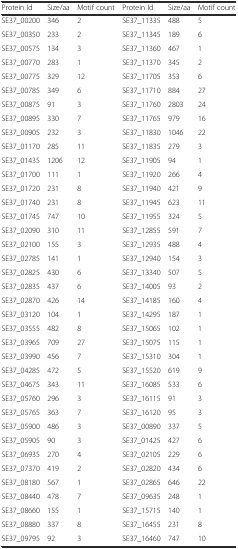
<table><thead><tr><td><b>Protein Id</b></td><td><b>Size/aa</b></td><td><b>Motif count</b></td><td><b>Protein Id</b></td><td><b>Size/aa</b></td><td><b>Motif count</b></td></tr></thead><tbody><tr><td>SE37_00200</td><td>346</td><td>2</td><td>SE37_11335</td><td>488</td><td>5</td></tr><tr><td>SE37_00350</td><td>233</td><td>2</td><td>SE37_11345</td><td>189</td><td>6</td></tr><tr><td>SE37_00575</td><td>134</td><td>3</td><td>SE37_11360</td><td>467</td><td>1</td></tr><tr><td>SE37_00770</td><td>283</td><td>1</td><td>SE37_11370</td><td>345</td><td>2</td></tr><tr><td>SE37_00775</td><td>329</td><td>12</td><td>SE37_11705</td><td>353</td><td>6</td></tr><tr><td>SE37_00785</td><td>349</td><td>6</td><td>SE37_11710</td><td>884</td><td>27</td></tr><tr><td>SE37_00875</td><td>91</td><td>3</td><td>SE37_11760</td><td>2803</td><td>24</td></tr><tr><td>SE37_00895</td><td>330</td><td>7</td><td>SE37_11765</td><td>979</td><td>16</td></tr><tr><td>SE37_00905</td><td>232</td><td>3</td><td>SE37_11830</td><td>1046</td><td>22</td></tr><tr><td>SE37_01170</td><td>285</td><td>11</td><td>SE37_11835</td><td>279</td><td>3</td></tr><tr><td>SE37_01435</td><td>1206</td><td>12</td><td>SE37_11905</td><td>94</td><td>1</td></tr><tr><td>SE37_01700</td><td>111</td><td>1</td><td>SE37_11920</td><td>266</td><td>4</td></tr><tr><td>SE37_01720</td><td>231</td><td>8</td><td>SE37_11940</td><td>421</td><td>9</td></tr><tr><td>SE37_01740</td><td>231</td><td>8</td><td>SE37_11945</td><td>623</td><td>11</td></tr><tr><td>SE37_01745</td><td>747</td><td>10</td><td>SE37_11955</td><td>324</td><td>5</td></tr><tr><td>SE37_02090</td><td>310</td><td>11</td><td>SE37_12855</td><td>591</td><td>7</td></tr><tr><td>SE37_02100</td><td>155</td><td>3</td><td>SE37_12935</td><td>488</td><td>4</td></tr><tr><td>SE37_02785</td><td>141</td><td>1</td><td>SE37_12940</td><td>154</td><td>3</td></tr><tr><td>SE37_02825</td><td>430</td><td>6</td><td>SE37_13340</td><td>507</td><td>5</td></tr><tr><td>SE37_02835</td><td>437</td><td>6</td><td>SE37_14005</td><td>93</td><td>2</td></tr><tr><td>SE37_02870</td><td>426</td><td>14</td><td>SE37_14185</td><td>160</td><td>4</td></tr><tr><td>SE37_03120</td><td>104</td><td>1</td><td>SE37_14295</td><td>187</td><td>1</td></tr><tr><td>SE37_03555</td><td>482</td><td>8</td><td>SE37_15065</td><td>102</td><td>1</td></tr><tr><td>SE37_03965</td><td>709</td><td>27</td><td>SE37_15075</td><td>115</td><td>1</td></tr><tr><td>SE37_03990</td><td>456</td><td>7</td><td>SE37_15310</td><td>304</td><td>1</td></tr><tr><td>SE37_04285</td><td>472</td><td>5</td><td>SE37_15520</td><td>619</td><td>9</td></tr><tr><td>SE37_04675</td><td>343</td><td>11</td><td>SE37_16085</td><td>533</td><td>6</td></tr><tr><td>SE37_05760</td><td>296</td><td>3</td><td>SE37_16115</td><td>91</td><td>3</td></tr><tr><td>SE37_05765</td><td>363</td><td>7</td><td>SE37_16120</td><td>95</td><td>3</td></tr><tr><td>SE37_05900</td><td>486</td><td>3</td><td>SE37_00890</td><td>337</td><td>5</td></tr><tr><td>SE37_05905</td><td>90</td><td>3</td><td>SE37_01425</td><td>427</td><td>6</td></tr><tr><td>SE37_06935</td><td>270</td><td>4</td><td>SE37_02105</td><td>229</td><td>6</td></tr><tr><td>SE37_07370</td><td>419</td><td>2</td><td>SE37_02820</td><td>434</td><td>6</td></tr><tr><td>SE37_08180</td><td>567</td><td>1</td><td>SE37_02865</td><td>646</td><td>22</td></tr><tr><td>SE37_08440</td><td>478</td><td>7</td><td>SE37_09635</td><td>248</td><td>1</td></tr><tr><td>SE37_08660</td><td>155</td><td>1</td><td>SE37_15715</td><td>140</td><td>1</td></tr><tr><td>SE37_08880</td><td>337</td><td>8</td><td>SE37_16455</td><td>231</td><td>8</td></tr><tr><td>SE37_09795</td><td>92</td><td>3</td><td>SE37_16460</td><td>747</td><td>10</td></tr></tbody></table>